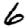
Digit: 6